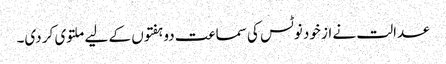
عدالت نے از خود نوٹس کی سماعت دو ہفتوں کے لیے ملتوی کر دی۔